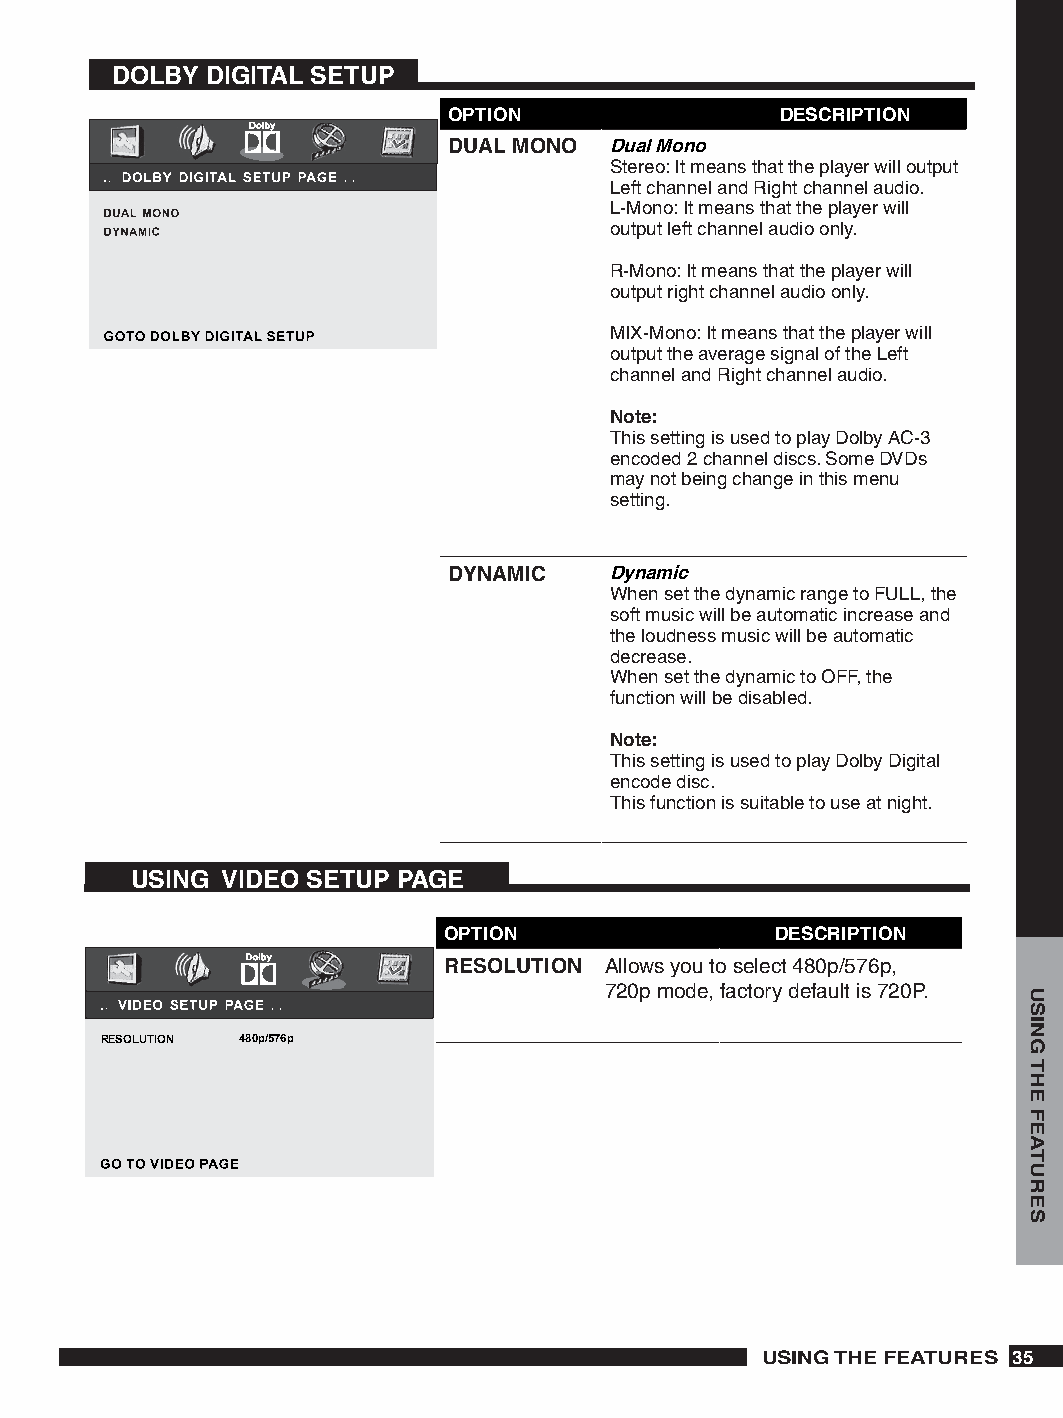
DOLBY  DIGITAL SETUP
 OPTION                DESCRIPTION
 DUAL MONO Dual Mono
 Stereo: It means that the player will output
 Left channel and Right channel audio.
 L-Mono: It means that the player will
 output left channel audio only.
 R-Mono: It means that the player will
 output right channel audio only.
 MIX-Mono: It means that the player will
 output the average signal of the Left
 channel and Right channel audio.
 Note:
 This setting is used to play Dolby AC-3
 encoded 2 channel discs. Some DVDs
 may not being change in this menu
 setting.
 DYNAMIC   Dynamic
 When set the dynamic range to FULL, the
 soft music will be automatic increase and
 the loudness music will be automatic
 decrease.
 When set the dynamic to OFF, the
 function will be disabled.
 Note:
 This setting is used to play Dolby Digital
 encode disc.
 This function is suitable to use at night.
 USING VIDEO SETUP PAGE
 OPTION                DESCRIPTION
 RESOLUTION Allows you to select 480p/576p,
 720p mode, factory default is 720P.
 RESOLUTION 480p/576p
 USING THE FEATURES 
 USING
 THE
 FEATURES